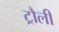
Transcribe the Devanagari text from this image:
ट्रौली